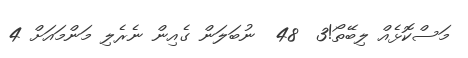
މަސްކޮޅެއް ލިބޭތޯ!3  48  ނުބަލަން ގެއިން ނެރެލި މަންމައަށް 4